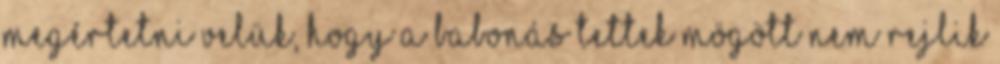
megértetni velük, hogy a babonás tettek mögött nem rejlik